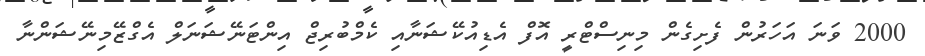
2000 ވަނަ އަހަރުން ފެށިގެން މިނިސްޓްރީ އޮފް އެޑިއުކޭޝަނާއި ކެމްބުރިޖް އިންޓަނޭޝަނަލް އެގްޒޭމިނޭޝަންނާ